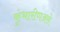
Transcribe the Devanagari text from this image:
कुंभारीणअसे